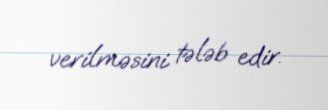
verilməsini tələb edir.